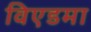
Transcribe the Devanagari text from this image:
विएडमा